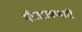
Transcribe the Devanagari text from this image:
गीतरावणारि